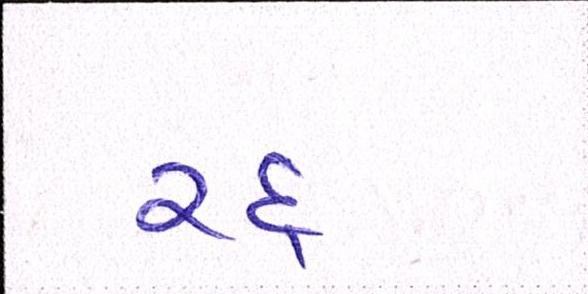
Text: રદ્